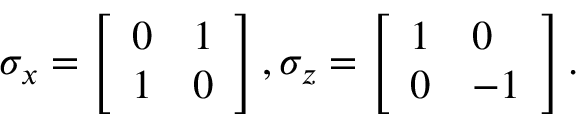
\sigma _ { x } = \left[ \begin{array} { l l } { 0 } & { 1 } \\ { 1 } & { 0 } \end{array} \right] , \sigma _ { z } = \left[ \begin{array} { l l } { 1 } & { 0 } \\ { 0 } & { - 1 } \end{array} \right] .